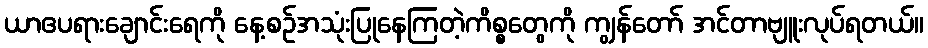
ယာဧပရားချောင်းရေကို နေ့စဉ်အသုံးပြုနေကြတဲ့ကိစ္စတွေကို ကျွန်တော် အင်တာဗျူးလုပ်ရတယ်။